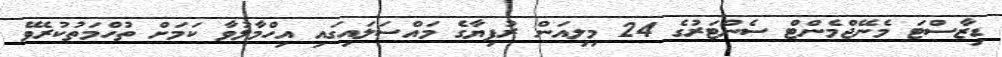
ޑިޒާސްޓަ މެނޭޖްމެންޓް ސެންޓަރުގެ 24 މިލިއަން ރުފިޔާގެ މައްސަލައިގައި އިހްމާލުވާ ކަމަށް ތުހްމަތުކުރެވޭ